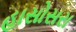
હાસોસરા